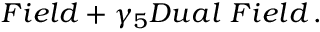
F i e l d + \gamma _ { 5 } D u a l ~ F i e l d \, . \nonumber